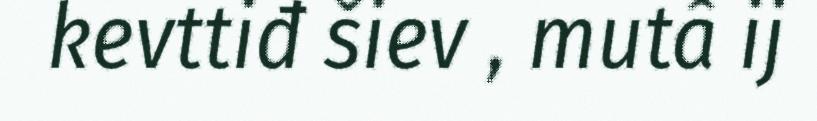
kevttiđ šiev , mutâ ij